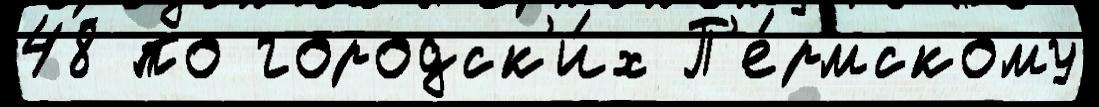
48 по городск'и́х П'е́рмскому